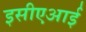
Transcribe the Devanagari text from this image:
इसीएआई